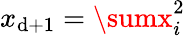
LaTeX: x_{\mathrm{d}+1}=\sumx_{i}^{2}